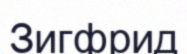
Зигфрид